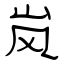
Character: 岚